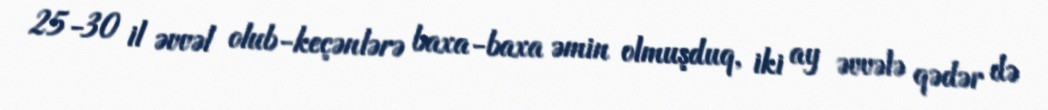
25-30 il əvvəl olub-keçənlərə baxa-baxa əmin olmuşduq, iki ay əvvələ qədər də